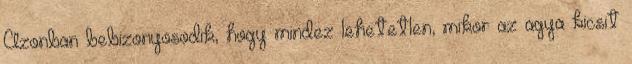
Azonban bebizonyosodik, hogy mindez lehetetlen, mikor az agya kicsit